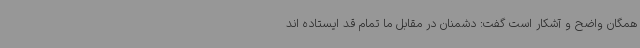
همگان واضح و آشکار است گفت: دشمنان در مقابل ما تمام قد ایستاده اند